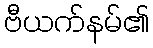
ဗီယက်နမ်၏